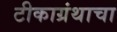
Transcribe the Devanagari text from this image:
टीकाग्रंथाचा